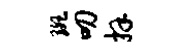
斑叨拜